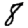
Digit: 8